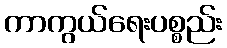
ကာကွယ်ရေးပစ္စည်း